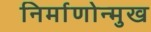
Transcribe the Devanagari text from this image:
निर्माणोन्मुख